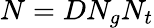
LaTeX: N=DN_{g}N_{t}